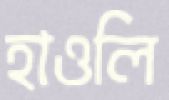
হাওলি